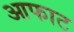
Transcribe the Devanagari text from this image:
आफाट